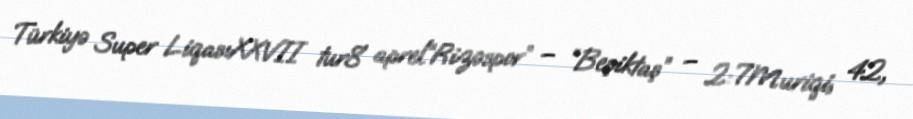
Türkiyə Super LiqasıXXVII tur8 aprel“Rizəspor” – “Beşiktaş” – 2:7Muriqi, 42,